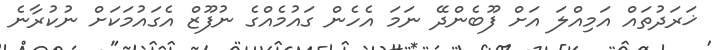
ޚަރަދުތައް އަމިއްލަ އަށް ފޫބެންދޭ ނަމަ އެހެން ގައުމެއްގެ ނުފޫޒް އެގައުމަކަށް ނުކުރާނެ